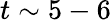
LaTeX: t\sim 5-6